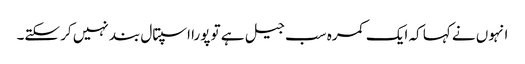
انہوں نے کہا کہ ایک کمرہ سب جیل ہے تو پورا اسپتال بند نہیں کر سکتے۔